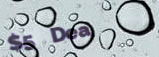
$5 Deal